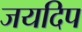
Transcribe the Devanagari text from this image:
जयदिप